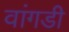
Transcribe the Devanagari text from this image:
वांगडी